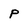
Character: p